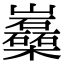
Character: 𡿈